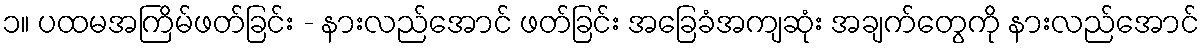
၁။ ပထမအကြိမ်ဖတ်ခြင်း - နားလည်အောင် ဖတ်ခြင်း အခြေခံအကျဆုံး အချက်တွေကို နားလည်အောင်